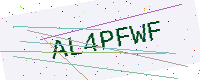
Text: AL4PFWF